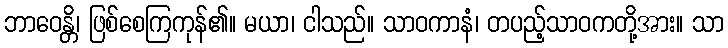
ဘာဝေန္တိ၊ ဖြစ်စေကြကုန်၏။ မယာ၊ ငါသည်။ သာဝကာနံ၊ တပည့်သာဝကတို့အား။ သာ